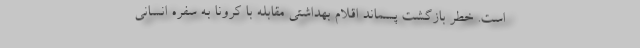
است. خطر بازگشت پسماند اقلام بهداشتی مقابله با کرونا به سفره‌ انسانی